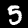
Digit: 5